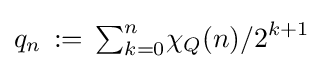
q_{n}\,:=\,{\textstyle \sum }_{k=0}^{n}\chi _{Q}(n)/2^{k+1}